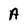
Character: A